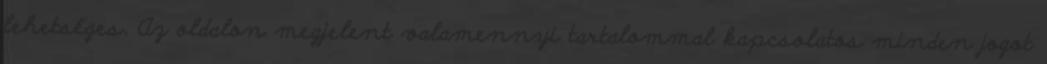
lehetséges. Az oldalon megjelent valamennyi tartalommal kapcsolatos minden jogot